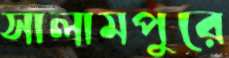
সালামপুরে